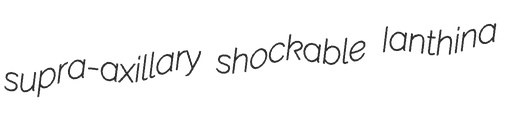
supra-axillary shockable Ianthina